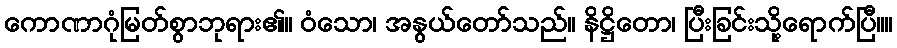
ကောဏာဂုံမြတ်စွာဘုရား၏။ ဝံသော၊ အနွယ်တော်သည်။ နိဋ္ဌိတော၊ ပြီးခြင်းသို့ရောက်ပြီ။။